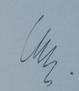
Signature authenticity: genuine